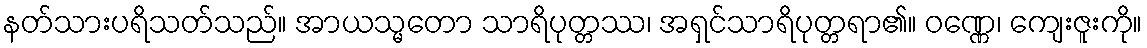
နတ်သားပရိသတ်သည်။ အာယသ္မတော သာရိပုတ္တဿ၊ အရှင်သာရိပုတ္တရာ၏။ ဝဏ္ဏေ၊ ကျေးဇူးကို။